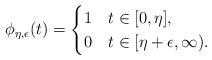
LaTeX: \begin{align*} \phi_{\eta,\epsilon}(t) = \begin{cases} 1 & t \in [0,\eta], \\ 0 & t \in [\eta+\epsilon,\infty). \end{cases}\end{align*}